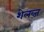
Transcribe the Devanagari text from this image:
शेलव्ज